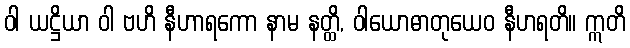
ဝါ ယဋ္ဌိယာ ဝါ ဗဟိ နီဟာရကော နာမ နတ္ထိ, ဝါယောဓာတုယေဝ နီဟရတိ။ ဣတိ